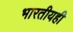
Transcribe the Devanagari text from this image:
भारतीयही